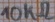
Text: 10KΩ